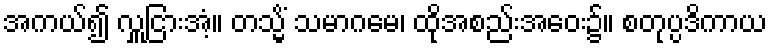
အကယ်၍ လှူငြားအံ့။ တသ္မိံ သမာဂမေ၊ ထိုအစည်းအဝေး၌။ စတုပ္ပဒိကာယ